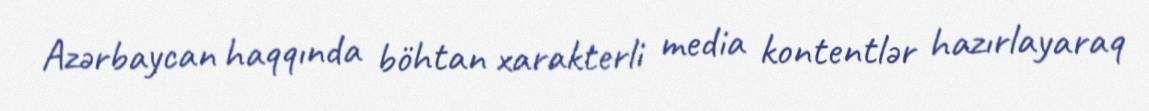
Azərbaycan haqqında böhtan xarakterli media kontentlər hazırlayaraq